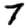
Digit: 7